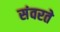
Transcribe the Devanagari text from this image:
संवरते